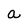
Character: a